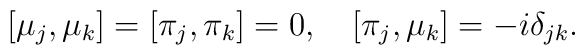
[\mu_j,\mu_k]=[\pi_j,\pi_k]=0,\quad[\pi_j,\mu_k]=-i\delta_{jk}.